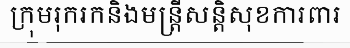
ក្រុមរុករកនិងមន្ត្រីសន្តិសុខការពារ